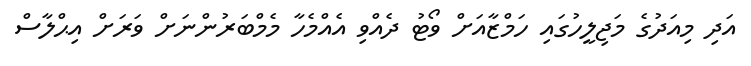
އަދި މިއަދުގެ މަޖިލީހުގައި ހަމްޒާއަށް ވޯޓު ދެއްވި އެއްމެހާ މެމްބަރުންނަށް ވަރަށް އިޙްލާސް